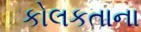
કોલકતાના